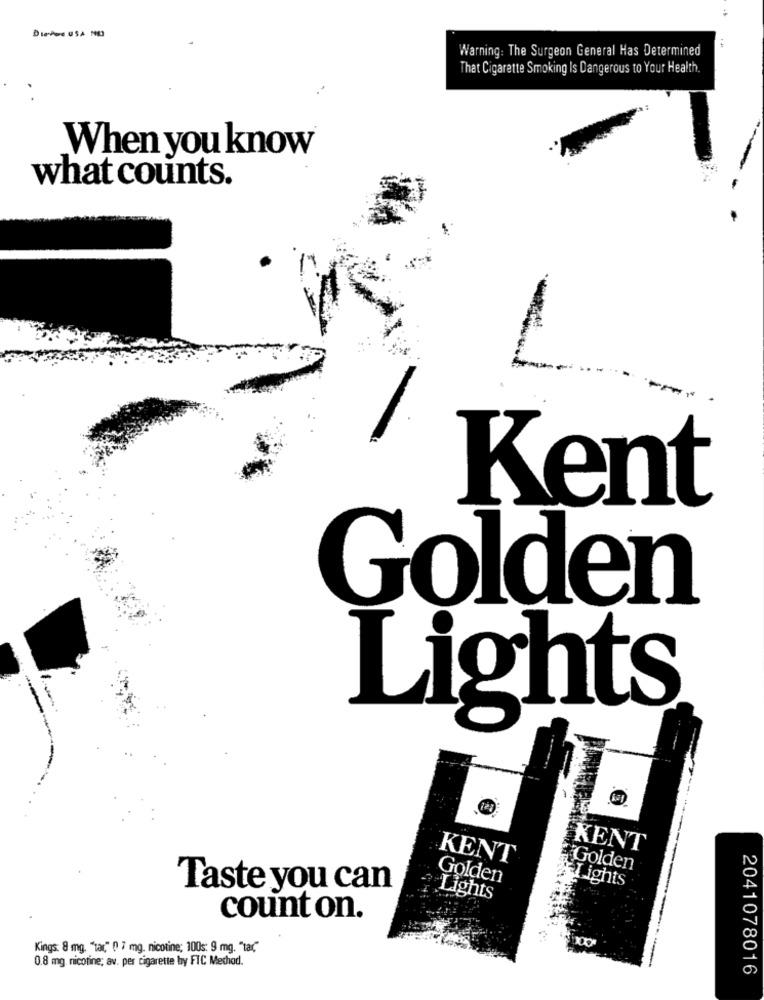
DieAus USA NO
Warning: The Surgeon General Has Determined
That Cigarette Smoking Is Dangerous to Your Health.
When you know
what counts.
1
Kent
Golden
Lights
KENT
KENT
Golden
Golden
I ights
Taste you can
Lights
count on.
Kings: 8 mg. "tar," ( 7 mg. nicotine; 100s: 9 mg. "ta℃"
0.8 mg nicotine; av. per cigarette by FIC Mechod.
2041078016